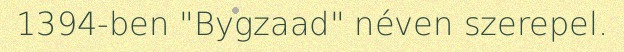
1394-ben "Bygzaad" néven szerepel.